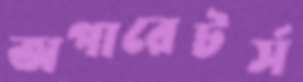
অপারেটর্স